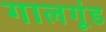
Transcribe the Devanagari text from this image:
गालगूंड